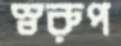
স্বরুপ